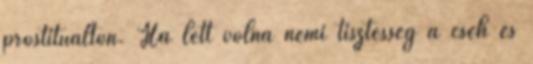
prostituálton. Ha lett volna némi tisztesség a cseh és